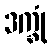
ဒက္ခုံ